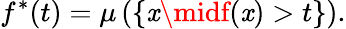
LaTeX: f^{*}(t)=\mu\left(\{ \mathit{x}\midf(\mathit{x})>t\} \right).